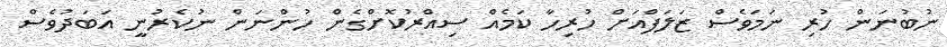
ނުބުނަން ހުރި ނަމަވެސް ޒަލަފްއަށް ހުރިހާ ކަމެއް ސިއްރުކޮށްގެން ހުންނަން ނުކެރުނީ އަބަދުވެސް